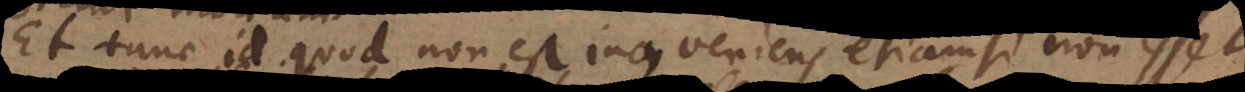
Et tunc id quod non est inconveniens etiamsi non esset